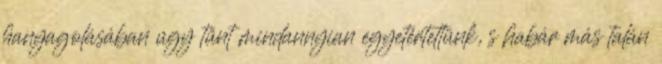
hanyagolásában úgy tűnt mindannyian egyetértettünk, s habár más talán